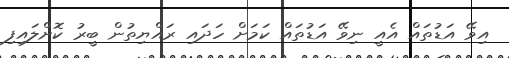
އިވޭ އަޑުތައް އެއީ ނިވޭ އަޑުތައް ކަމަށް ހަދައި ރައްޔިތުން ބީރު ކޮށްލައިފި